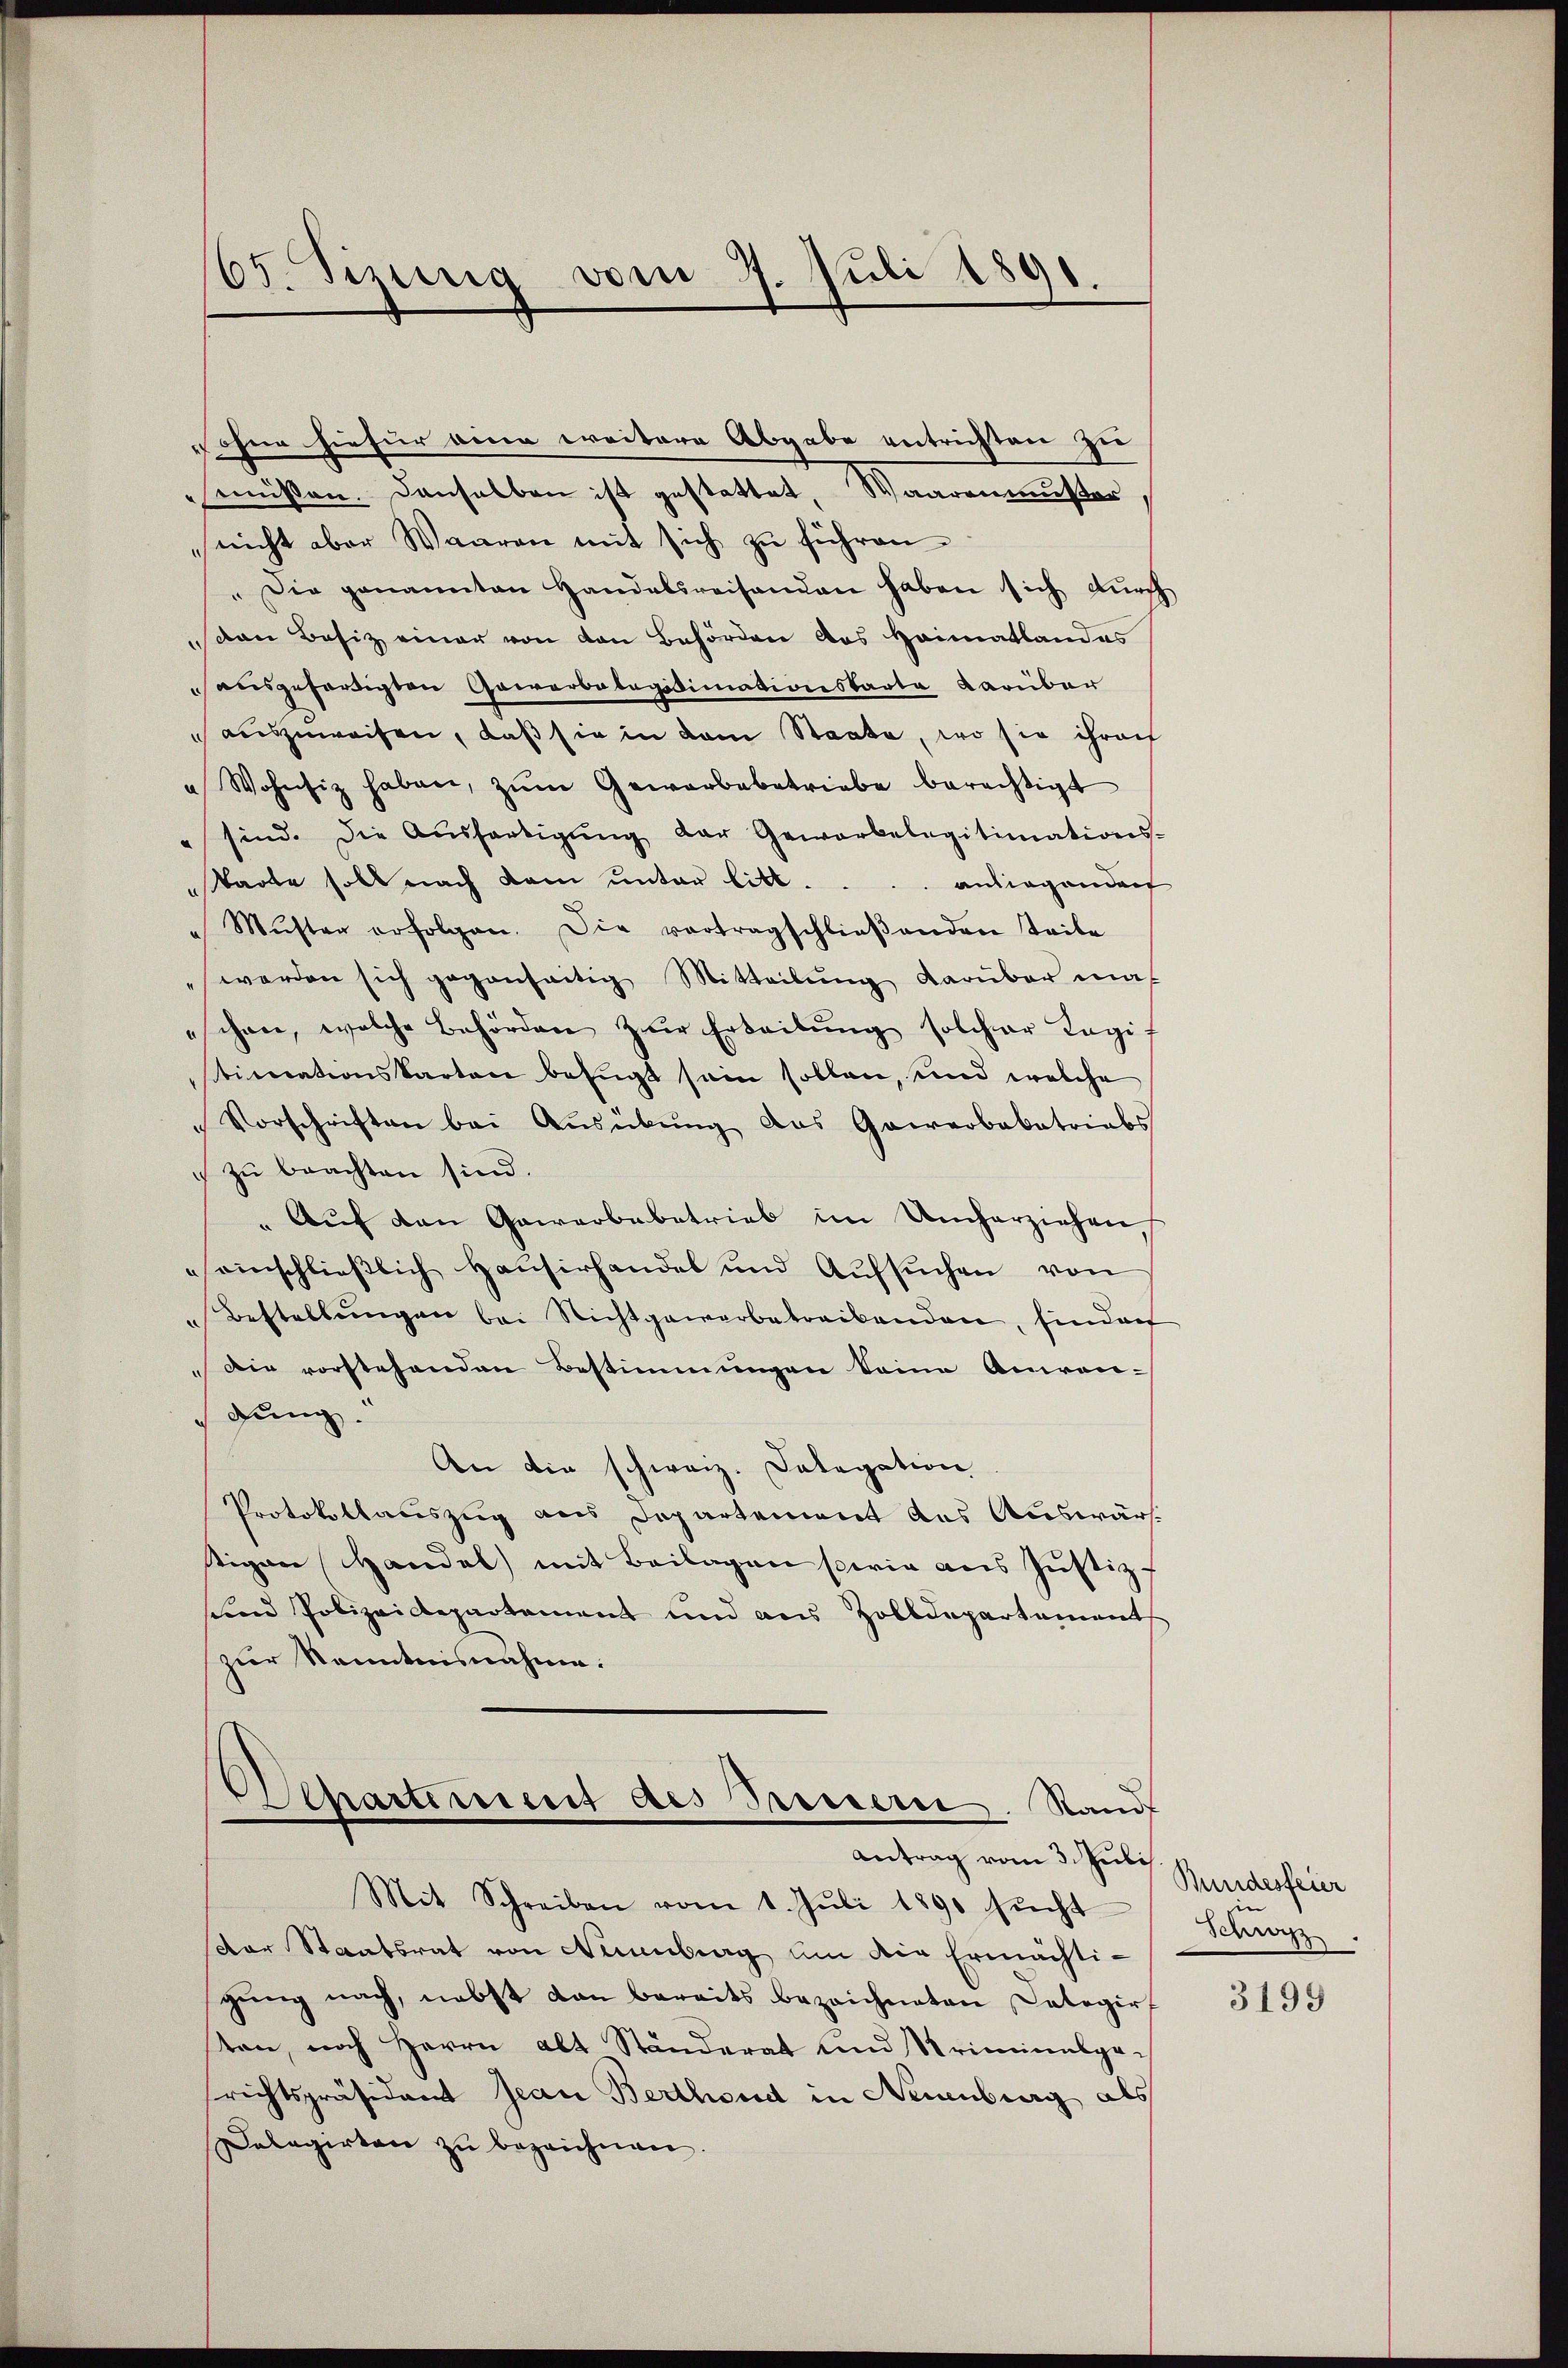
65. Sizurig vom 7. Juli 1891.

ohne hiefür eine weitere Abgabe entrichten zu
müssen. Denselben ist gestattet, Waarenmuster
nicht aber Waaren mit sich zu führen.
"Die genannten Handelsreisenden haben sich dŭrch
den Besiz einer von den Behörden das Heimatlandes
ausgefertigten Gewerbelegitimationskarte darüber
auszuweisen, daß sie in dem Staate, wo sie ihren
" Wohnsiz haben, zŭm Gewerbebetriebe berechtigt
" sind. Die Aŭsfertigŭng der Gewerbelegitimations-
Tarte soll nach kam unter litt.
anliegender
Mŭster erfolgen. Die vortragschlieβenden Teile
werden sich gegenseitig Mitteilŭng darüber mal
schen, welche Behörden zur Erteilŭng solcher Lagi
timationskarten befugt sein sollen, und welche
Vorschriften bei Aŭsübŭng das Gewerbakatriabs
 zŭ beachten sind.
„Auf den Gewerbebetrieb im Umherziehen,
seinschließlich Hausirhandel und Aŭfsŭchen von
Bestellungen bei Richtgewerbetreibenden, finder
Die vorstehenden Bestimmungen Seine Anwen-
gung.
An die schweiz. Delegation
Protokollauszug aus Departement des Auswärstigen Handel mit Beilagen sowie aus Justiz-
sund Polizeidepartement und aus Zolldepartement
zur Kenntnisnahme:
Schartiment des Bern. Stand

Antrag vom 3. Juli
Mit Schreiben vom 1. Jŭli 1890 sŭcht

dor Staatsrat von Nürnberg um die Ermächtigŭng nach, nebst dan bereits bezeichneten Delegir-
ten, noch Herrn Alt Ständerat und Kriminabge-
richtspräsident Jean Berthoud in Neuenburg als
Dolagirten zŭ bezeichnen.

Bundesfeier
Schwyz

3199